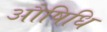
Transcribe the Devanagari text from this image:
औषिधि